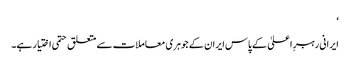
‘
ایرانی رہبرِ اعلیٰ کے پاس ایران کے جوہری معاملات سے متعلق حتمی اختیار ہے۔